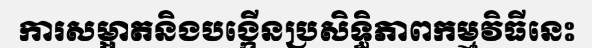
ការសម្អាតនិងបង្កើនប្រសិទ្ធិភាពកម្មវិធីនេះ